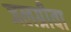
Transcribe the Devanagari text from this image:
जलग्रीवा